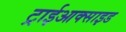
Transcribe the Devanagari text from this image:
ट्राईआक्साइड